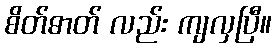
စိတ်ဓာတ် လည်း ကျလှပြီ။